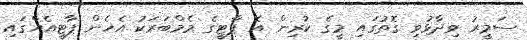
ސަމީރު ވިދާޅުވި ގޮތުގައި މީގެ ކުރިން އެ ޕާޓީގެ މެމްބަރަކު އެހެން ޕާޓީއެއްގައި